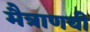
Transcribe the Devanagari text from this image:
मैत्राणयी